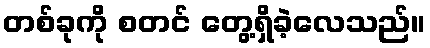
တစ်ခုကို စတင် တွေ့ရှိခဲ့လေသည်။